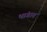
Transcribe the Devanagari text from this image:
भांगात